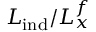
L _ { \mathrm { i n d } } / L _ { x } ^ { f }